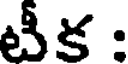
టీక :